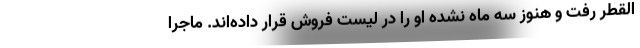
القطر رفت و هنوز سه ماه نشده او را در لیست فروش قرار داده‌اند. ماجرا